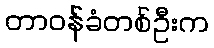
တာဝန်ခံတစ်ဦးက